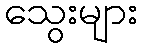
သွေးများ